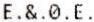
E.&.0.E.